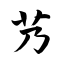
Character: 艿